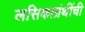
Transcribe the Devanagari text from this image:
लसिकाग्रंथींची